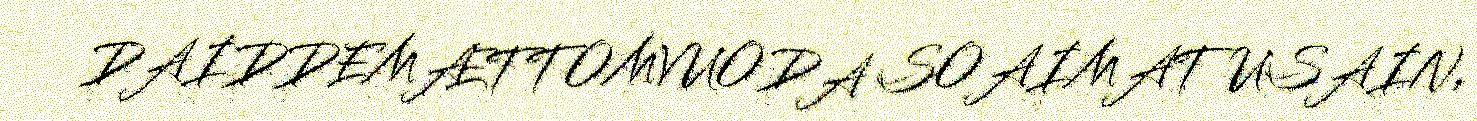
DAIDDEMÆTTOMVUODA SOAIMATUSAIN,